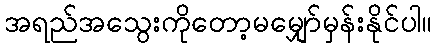
အရည်အသွေးကိုတော့မမျှော်မှန်းနိုင်ပါ။